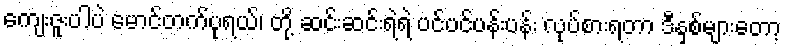
ကျေးဇူးပါပဲ မောင်တက်ပုရယ်၊ တို့ ဆင်းဆင်းရဲရဲ ပင်ပင်ပန်းပန်း လုပ်စားရတာ ဒီနှစ်များတော့